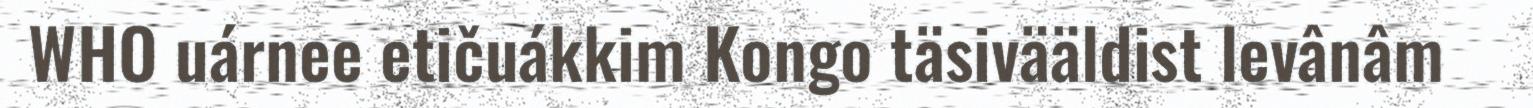
WHO uárnee etičuákkim Kongo täsivääldist levânâm